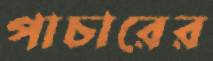
পাচারের